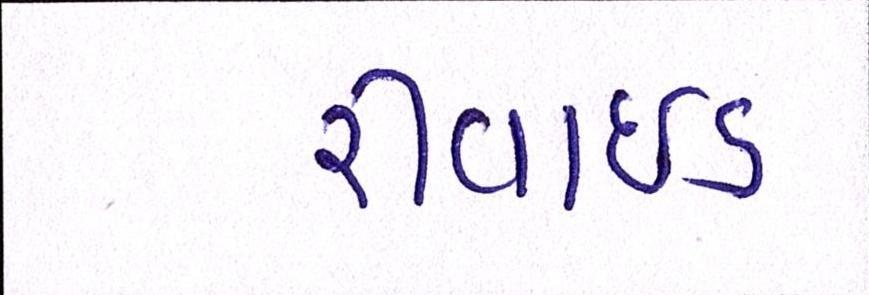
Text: રીવાઇડ